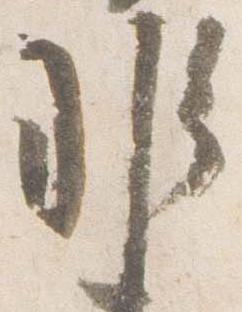
非